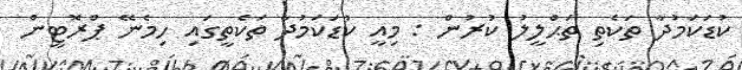
ކުޑަކަމުދާ ތަކެތި ތަޙްލީލު ކުރުން : މިއީ ކުޑަކަމުދާ ތަކެތީގައި ހިމެނޭ ޕްރޮޓީން